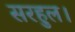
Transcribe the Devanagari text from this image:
सरहुल।